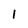
Character: 1